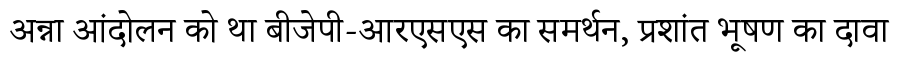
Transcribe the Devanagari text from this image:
अन्ना आंदोलन को था बीजेपी-आरएसएस का समर्थन, प्रशांत भूषण का दावा